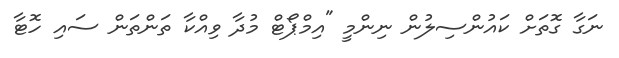
ނަގާ ގޮތަށް ކައުންސިލުން ނިންމީ "އިމްޕޯޓް މުދާ ވިއްކާ ތަންތަން ސައި ހޮޓާ